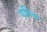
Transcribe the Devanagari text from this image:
पतिना